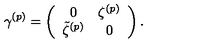
\gamma ^ { ( p ) } = \left( \begin{array} { c c } { 0 } & { \zeta ^ { ( p ) } } \\ { \tilde { \zeta } ^ { ( p ) } } & { 0 } \\ \end{array} \right) .